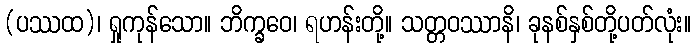
(ပဿထ)၊ ရှုကုန်သော။ ဘိက္ခဝေ၊ ရဟန်းတို့။ သတ္တဝဿာနိ၊ ခုနစ်နှစ်တို့ပတ်လုံး။